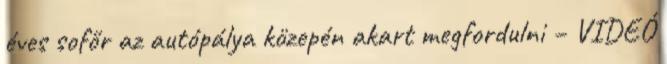
éves sofőr az autópálya közepén akart megfordulni – VIDEÓ